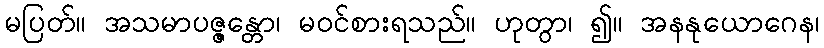
မပြတ်။ အသမာပဇ္ဇန္တော၊ မဝင်စားရသည်။ ဟုတွာ၊ ၍။ အနနုယောဂေန၊